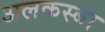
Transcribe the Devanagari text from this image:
अलकस्बा